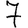
Digit: 7